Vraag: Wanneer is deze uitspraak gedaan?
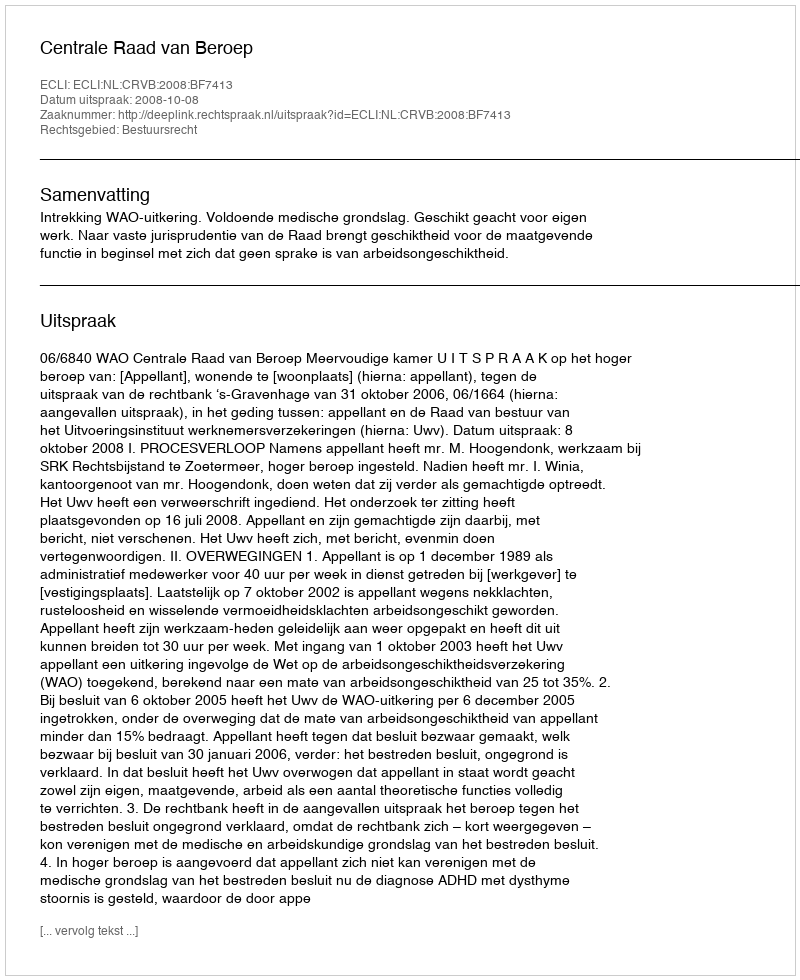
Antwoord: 2008-10-08